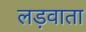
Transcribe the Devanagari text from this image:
लड़वाता